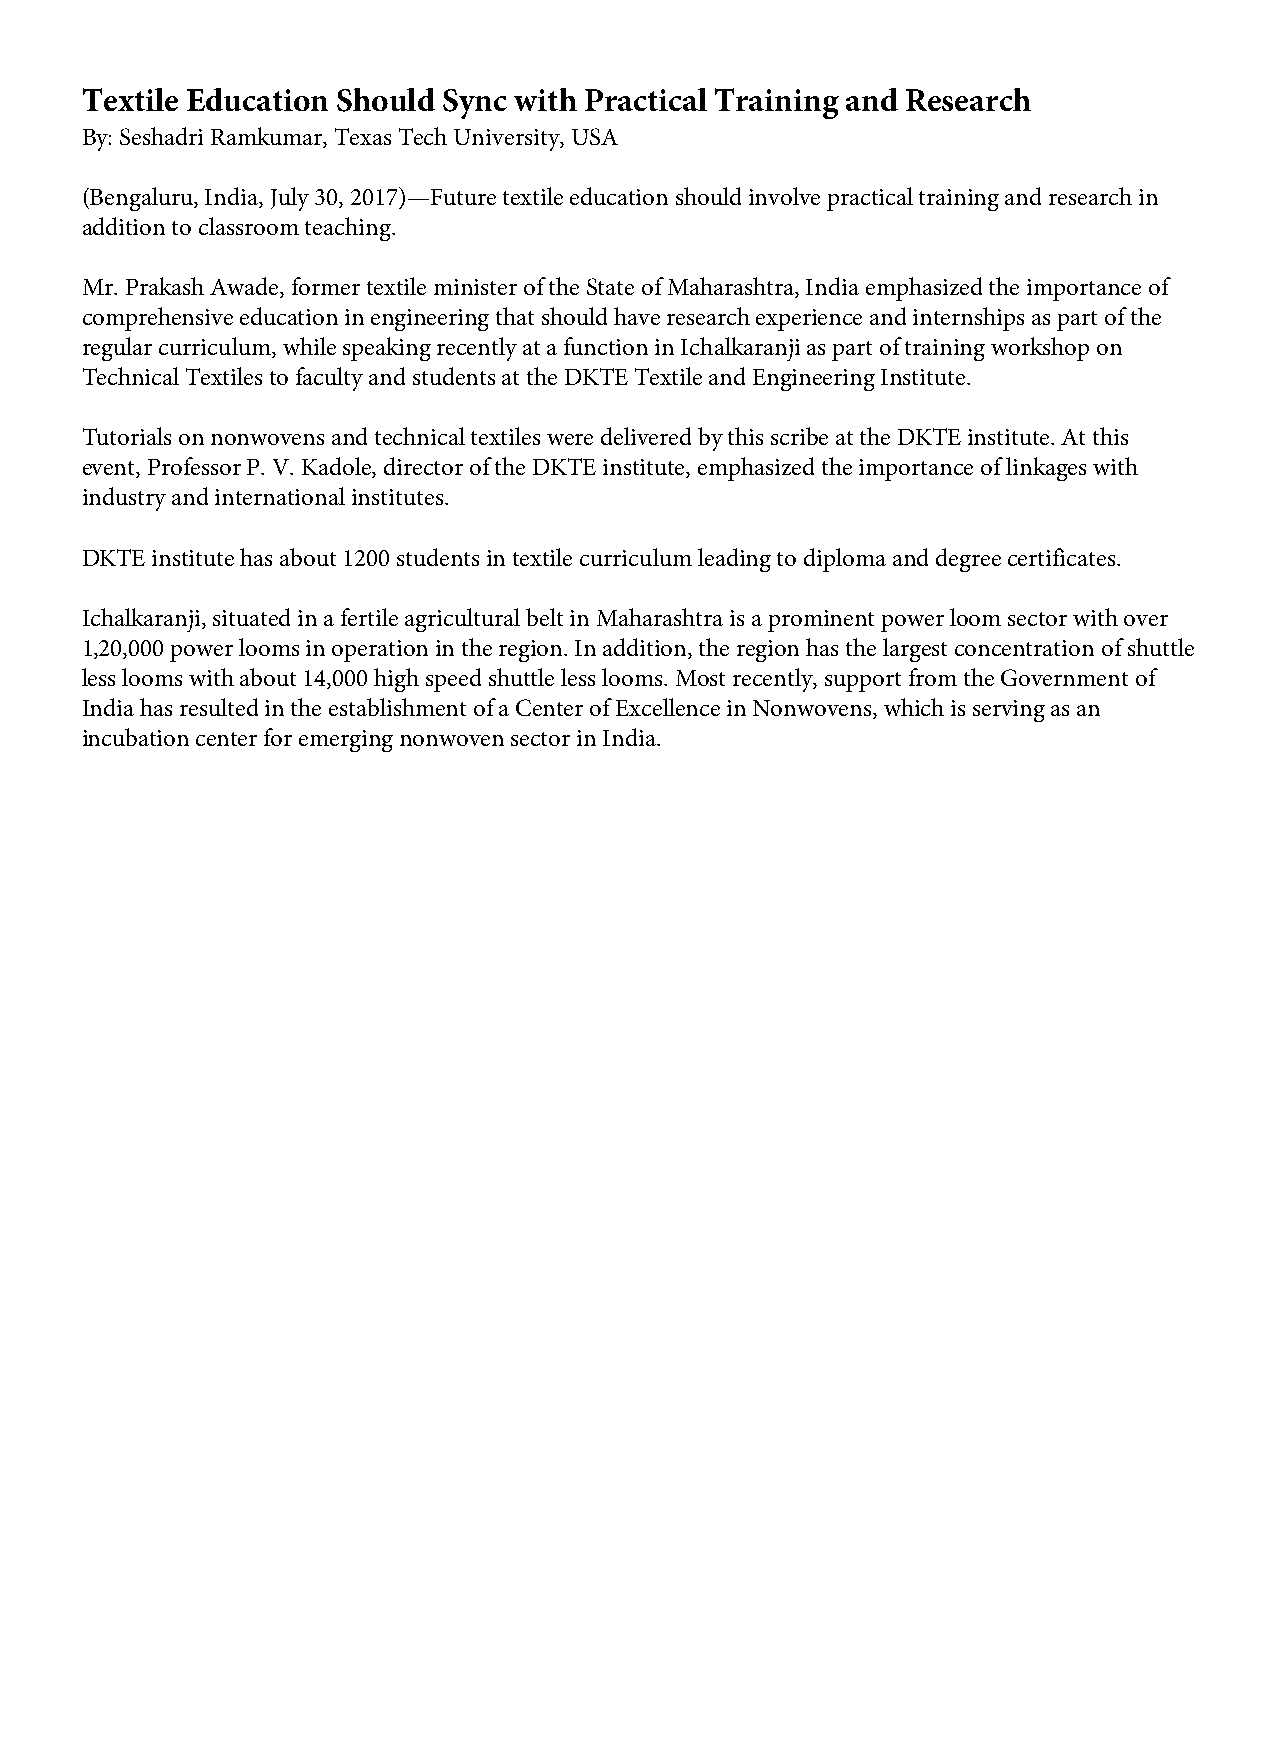
Textile Education Should Sync with Practical Training and Research
 By: Seshadri Ramkumar, Texas Tech University, USA
 (Bengaluru, India, July 30, 2017)—Future textile education should involve practical training and research in
 addition to classroom teaching.
 Mr. Prakash Awade, former textile minister of the State of Maharashtra, India emphasized the importance of
 comprehensive education in engineering that should have research experience and internships as part of the
 regular curriculum, while speaking recently at a function in Ichalkaranji as part of training workshop on
 Technical Textiles to faculty and students at the DKTE Textile and Engineering Institute.
 Tutorials on nonwovens and technical textiles were delivered by this scribe at the DKTE institute. At this
 event, Professor P. V. Kadole, director of the DKTE institute, emphasized the importance of linkages with
 industry and international institutes.
 DKTE institute has about 1200 students in textile curriculum leading to diploma and degree certificates.
 Ichalkaranji, situated in a fertile agricultural belt in Maharashtra is a prominent power loom sector with over
 1,20,000 power looms in operation in the region. In addition, the region has the largest concentration of shuttle
 less looms with about 14,000 high speed shuttle less looms. Most recently, support from the Government of
 India has resulted in the establishment of a Center of Excellence in Nonwovens, which is serving as an
 incubation center for emerging nonwoven sector in India.